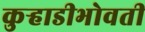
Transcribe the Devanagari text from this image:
कुर्‍हाडीभोवती